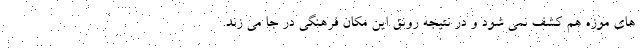
های موزه هم کشف نمی شود و در نتیجه رونق این مکان فرهنگی در جا می زند.